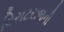
વિરાટરાજની